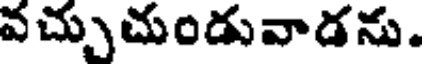
వచ్చుచుండువాడను.